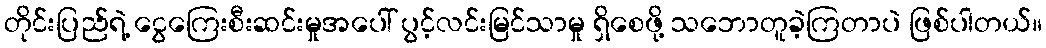
တိုင်းပြည်ရဲ့ ငွေကြေးစီးဆင်းမှုအပေါ် ပွင့်လင်းမြင်သာမှု ရှိစေဖို့ သဘောတူခဲ့ကြတာပဲ ဖြစ်ပါတယ်။